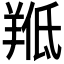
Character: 𱻍